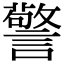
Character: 警